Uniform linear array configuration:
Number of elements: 24
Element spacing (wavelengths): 0.5
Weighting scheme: cosine
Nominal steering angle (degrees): -30
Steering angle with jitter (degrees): -31.007
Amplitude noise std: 0.05
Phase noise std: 0.05

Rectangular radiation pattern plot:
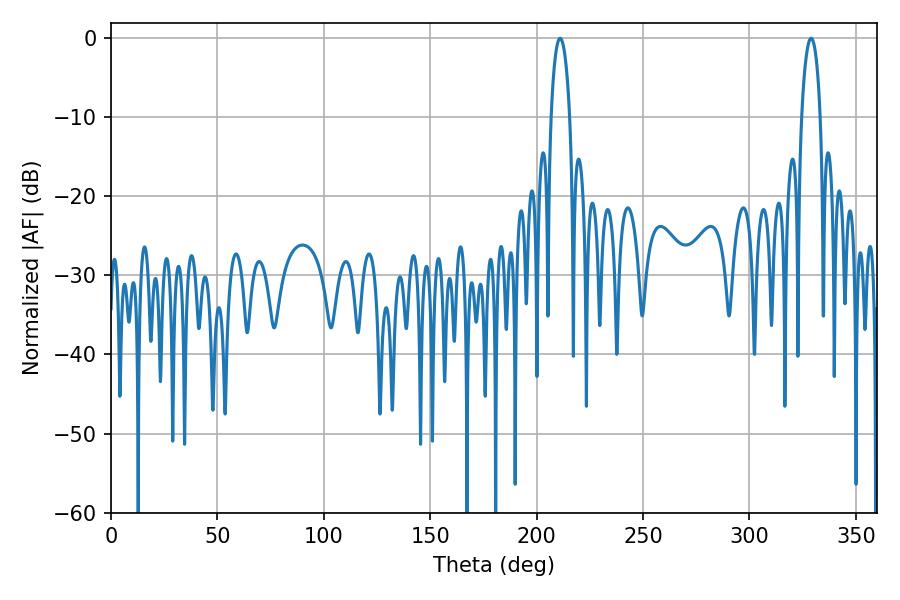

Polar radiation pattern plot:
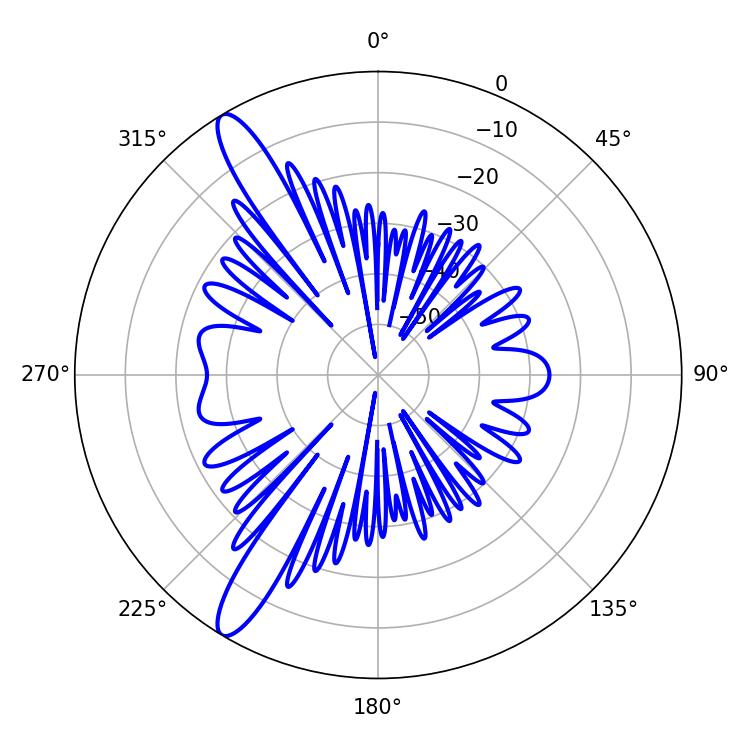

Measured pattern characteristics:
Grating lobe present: FALSE
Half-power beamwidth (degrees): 4.86
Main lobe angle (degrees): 210.96